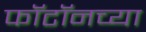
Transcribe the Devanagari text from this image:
फॉटॉनच्या